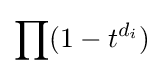
\prod (1-t^{d_{i}})